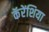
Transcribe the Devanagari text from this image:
कॅरेंशिया